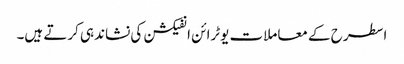
اسطرح کے معاملات یوٹرائن انفیکشن کی نشاندہی کرتے ہیں۔